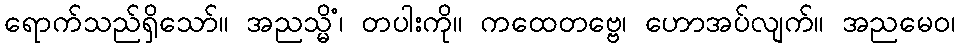
ရောက်သည်ရှိသော်။ အညသ္မိံ၊ တပါးကို။ ကထေတဗ္ဗေ၊ ဟောအပ်လျက်။ အညမေဝ၊